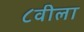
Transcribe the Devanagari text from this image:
८वीला